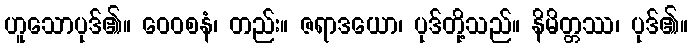
ဟူသောပုဒ်၏။ ဝေဝစနံ၊ တည်း။ ဇရာဒယော၊ ပုဒ်တို့သည်။ နိမိတ္တဿ၊ ပုဒ်၏။